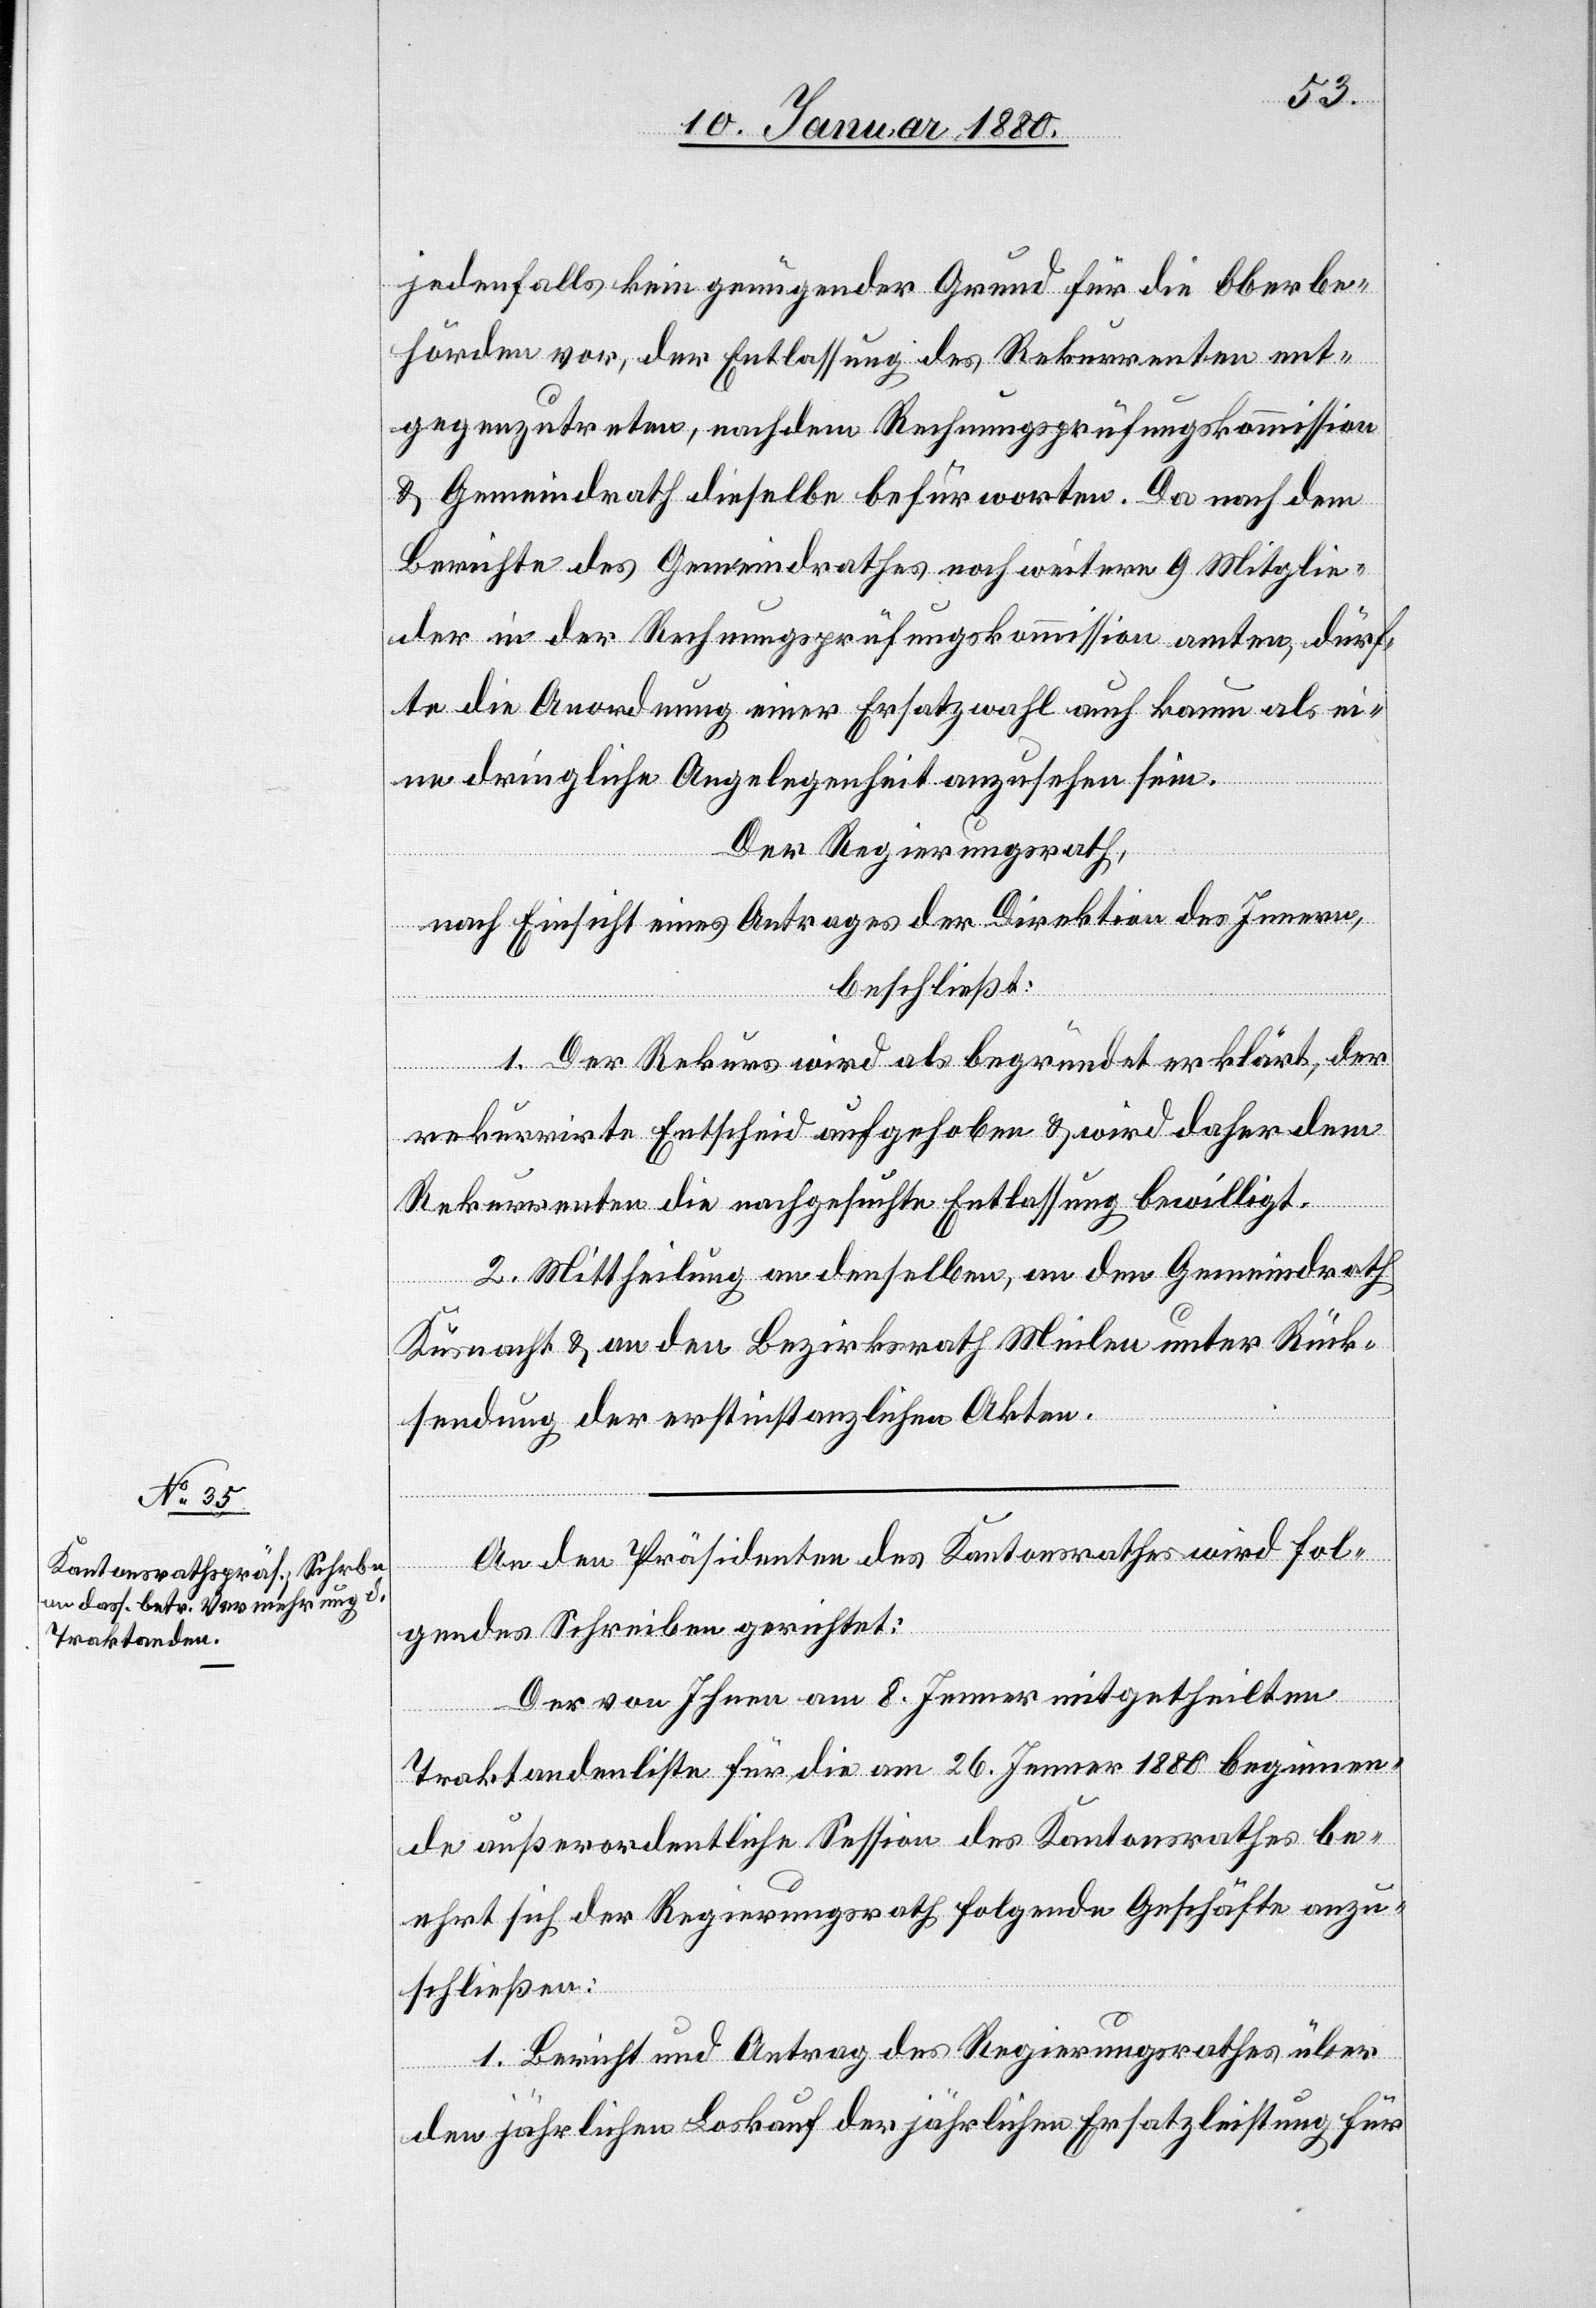
jedenfalls kein genügender Grund für die Oberbe¬
hörden vor, der Entlassung des Rekurrenten ent¬
gegenzutreten, nachdem Rechnungsprüfungskommission
& Gemeindrath dieselbe befürworten. Da nach dem
Berichte des Gemeindrathes noch weitere 9 Mitglie¬
der in der Rechnungsprüfungskommission amten, dürf¬
te die Anordnung einer Ersatzwahl auch kaum als ei¬
ne dringliche Angelegenheit anzusehen sein.
Der Regierungsrath,
nach Einsicht eines Antrages der Direktion des Innern,
beschließ:
1. Der Rekurs wird als begründet erklärt, der
rekurrirte Entscheid aufgehoben & wird daher dem
Rekurrenten die nachgesuchte Entlassung bewilligt.
2. Mittheilung an denselben, an den Gemeindrath
Küsnacht & an den Bezirksrath Meilen unter Rück¬
sendung der erstinstanzlichen Akten.
An das Präsidium des Kantonsrathes wird fol¬
gendes Schreiben gerichtet:
Der von Ihnen am 8. Jenner mitgetheilten
Traktandenliste für die am 26. Jenner 1880 beginnen¬
de außerordentliche Session des Kantonsrathes be¬
ehrt sich der Regierungsrath folgende Geschäfte anzu¬
schließen.
1. Bericht und Antrag des Regierungsrathes über
den jährlichen Loskauf der jährlichen Ersatzleistung für